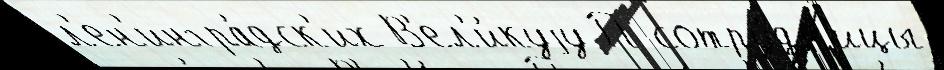
л'ен'ингра́дск'их В'ел'и́куjу П сотру́дн'ицы